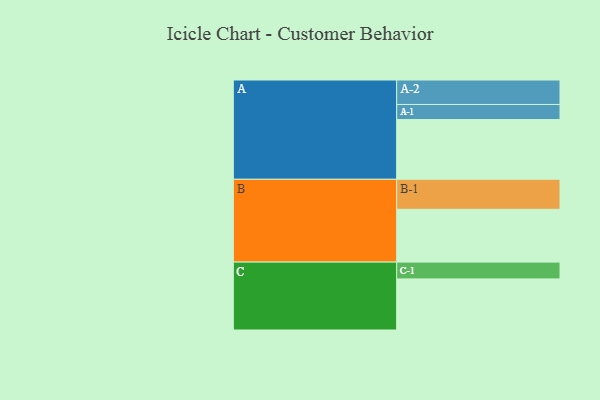
{"axis": {"x": "Segment", "y": "Value"}, "legend": ["", "A", "B", "C"], "data": [{"x": "A", "y": 388, "type": ""}, {"x": "B", "y": 343, "type": ""}, {"x": "C", "y": 332, "type": ""}, {"x": "A-1", "y": 98, "type": "A"}, {"x": "A-2", "y": 159, "type": "A"}, {"x": "B-1", "y": 195, "type": "B"}, {"x": "C-1", "y": 109, "type": "C"}]}